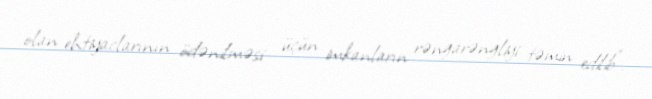
olan ehtiyaclarının ödənilməsi üçün imkanların rəngarəngliyi təmin edilib”.